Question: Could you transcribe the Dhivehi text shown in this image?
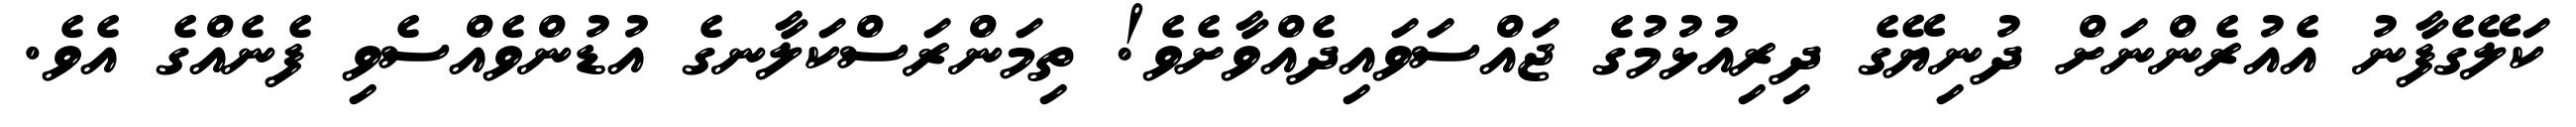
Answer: ކަލޭގެފާނު އެއުރެންނަށް ދުނިޔޭގެ ދިރިއުޅުމުގެ ޖައްސަވައިދެއްވާށެވެ! ތިމަންރަސްކަލާނގެ އުޑުންވެއްސެވި ފެނެއްގެ އެވެ.